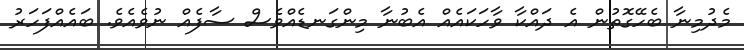
މެދުމިނާ ބެހޭގޮތުން އެ ދައްކާ ވާހަކައެއް އެބުނާ މިންގަނޑެއްވެސް ސާފެއް ނުވެއެވެ. ބައެއްފަހަރު